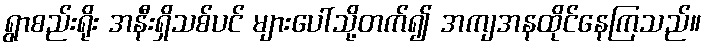
ရွာစည်းရိုး အနီးရှိသစ်ပင် များပေါ်သို့တက်၍ အကျအနထိုင်နေကြသည်။